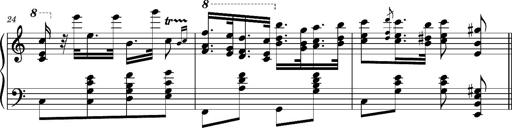
Title: Ungarischer Romanzero
Composer: Franz Liszt